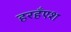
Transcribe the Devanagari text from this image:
हरहँएश